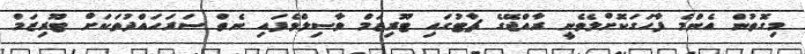
މިގޮތުން އެންމެ ފާހަގަކޮށްލެވެނީ ރާއްޖޭގެ ޗާޓުގައި ޓޫރިޒަމް ވާސިލްވެފައި ނެތް ސަރަހައްދުތަކަށް ޓޫރިޒަމް